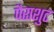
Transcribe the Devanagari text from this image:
पैराशुट